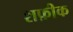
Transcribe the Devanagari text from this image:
शफ़ीक